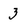
Character: 3